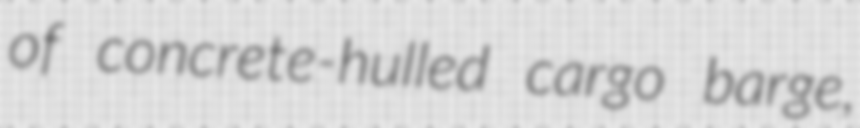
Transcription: of concrete-hulled cargo barge,